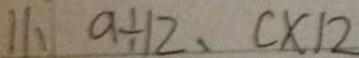
1 1 . a \div 1 2 , c \times 1 2